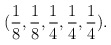
\begin{align*}(\frac{1}{8},\frac{1}{8},\frac{1}{4},\frac{1}{4},\frac{1}{4}).\end{align*}